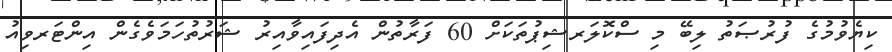
ކިޔެވުމުގެ ފުރުޞަތު ލިބޭ މި ސްކޮލަރޝިޕުތަކަށް 60 ފަރާތުން އެދިފައިވާއިރު ޝަރުތުހަމަވެގެން އިންޓަރވިއު